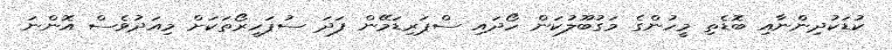
ކުޑަކުދިންނާއި ބޮޑެތި މީހުންގެ މަގުބޫލުކަން ހޯދައި ސްޕަރިޑަމޭން ފަދަ ސުޕަހީރޯތަކަށް މިއަދުވެސް އޮންނަ